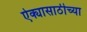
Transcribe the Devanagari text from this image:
ऐक्यासाठीच्या